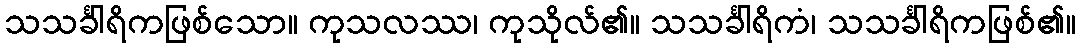
သသင်္ခါရိကဖြစ်သော။ ကုသလဿ၊ ကုသိုလ်၏။ သသင်္ခါရိကံ၊ သသင်္ခါရိကဖြစ်၏။